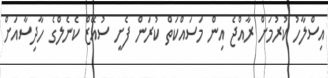
އިސްލާހު ކުރުމަށް ރާއްޖެ އިން މަސައްކަތް ކުރަން ފެށީ ސުއޭޒް ކެނެލްގެ ހާދިސާއަށް